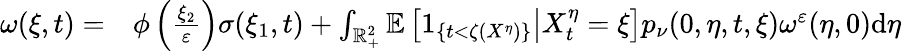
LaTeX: \begin{array}{rl}{\omega(\xi,t)=}&{{}\phi\left(\frac{\xi_{2}}{\varepsilon}\right)\sigma(\xi_{1},t)+\int_{\mathbb{R}_{+}^{2}}\mathbb{E}\left[\left.1_{\{ t<\zeta(X^{\eta})\} }\right|X_{t}^{\eta}=\xi\right]p_{\nu}(0,\eta,t,\xi)\omega^{\varepsilon}(\eta,0)\mathrm{d}\eta}\end{array}